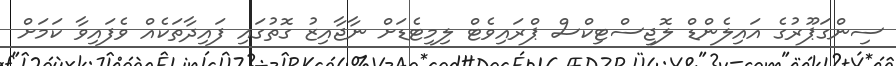
ސިންގަޕޫރުގެ އައިލެންޑް ލޮޖިސްޓިކްސް ޕްރައިވެޓް ލިމިޓެޑަށް ނާޖާއިޒު ގޮތުގައި ފައިދާތަކެއް ވެފައިވާ ކަމަށް